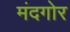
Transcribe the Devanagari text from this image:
मंदगोर